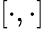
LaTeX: [\cdot,\cdot]